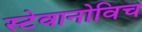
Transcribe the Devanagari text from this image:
स्टेवानोविच